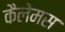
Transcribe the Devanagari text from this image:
कैलेमस